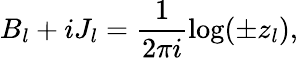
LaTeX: B_{l}+iJ_{l}=\frac 1{2\pi i}\log(\pm z_{l}),